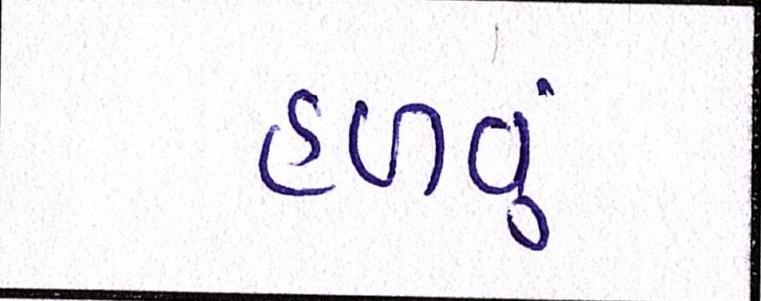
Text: હળવું